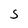
Character: S